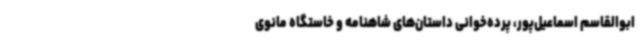
ابوالقاسم اسماعیل‌پور، پرده‌خوانی داستان‌های شاهنامه و خاستگاه مانوی